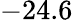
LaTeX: -24.6